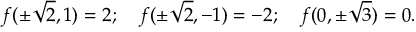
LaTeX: f ( \pm { \sqrt { 2 } } , 1 ) = 2 ; \quad f ( \pm { \sqrt { 2 } } , - 1 ) = - 2 ; \quad f ( 0 , \pm { \sqrt { 3 } } ) = 0 .